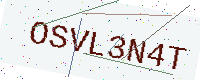
Text: OSVL3N4T